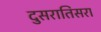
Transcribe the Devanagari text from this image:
दुसरातिसरा